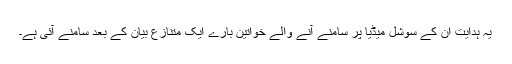
یہ ہدایت ان کے سوشل میڈیا پر سامنے آنے والے خواتین بارے ایک متنازع بیان کے بعد سامنے آئی ہے۔